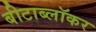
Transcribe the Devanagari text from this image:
बीटाब्लॉकर